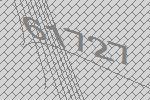
61727